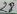
Text: 18